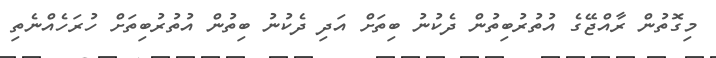
މިގޮތުން ރާއްޖޭގެ އުތުރުބިތުން ދެކުނު ބިތަށް އަދި ދެކުނު ބިތުން އުތުރުބިތަށް ހުރަހެއްނެތި